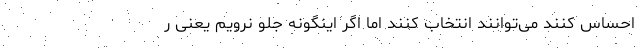
احساس کنند می‌توانند انتخاب کنند اما اگر اینگونه جلو نرویم یعنی ر